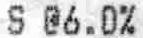
S @6.0%